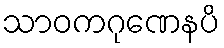
သာဝကဂုဏေနပိ